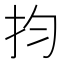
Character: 抣